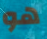
هو